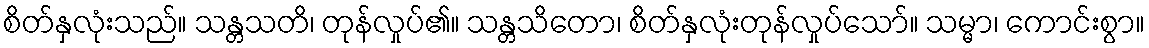
စိတ်နှလုံးသည်။ သန္တသတိ၊ တုန်လှုပ်၏။ သန္တသိတော၊ စိတ်နှလုံးတုန်လှုပ်သော်။ သမ္မာ၊ ကောင်းစွာ။